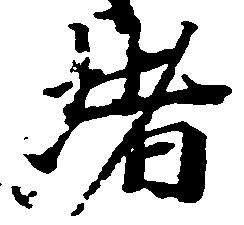
堵